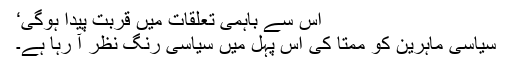
اس سے باہمی تعلقات میں قربت پیدا ہوگی‘
سیاسی ماہرین کو ممتا کی اس پہل میں سیاسی رنگ نظر آ رہا ہے۔